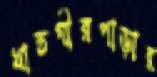
খাস্তগীরপাড়ার